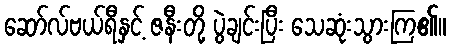
ဆော်လ်ဗယ်ရီနှင့် ဇနီးတို့ ပွဲချင်းပြီး သေဆုံးသွားကြ၏။